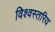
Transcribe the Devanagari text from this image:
विश्वस्तरिय